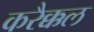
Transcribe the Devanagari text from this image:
करैक्कल